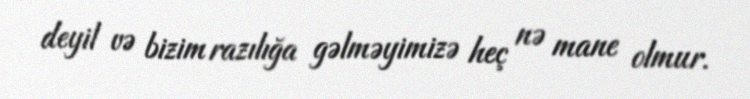
deyil və bizim razılığa gəlməyimizə heç nə mane olmur.